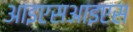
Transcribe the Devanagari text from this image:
आइएसआइएस